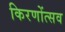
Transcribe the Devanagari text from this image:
किरणोंत्सव